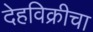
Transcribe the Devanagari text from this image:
देहविक्रीचा